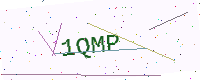
Text: 1QMP